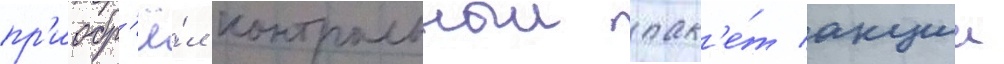
пр'иобр'ё́л контрольныи пак'е́т акции